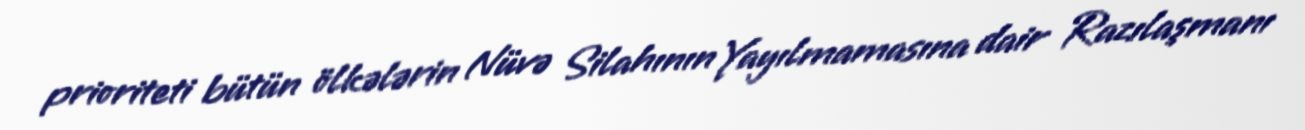
prioriteti bütün ölkələrin Nüvə Silahının Yayılmamasına dair Razılaşmanı